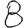
Digit: 8